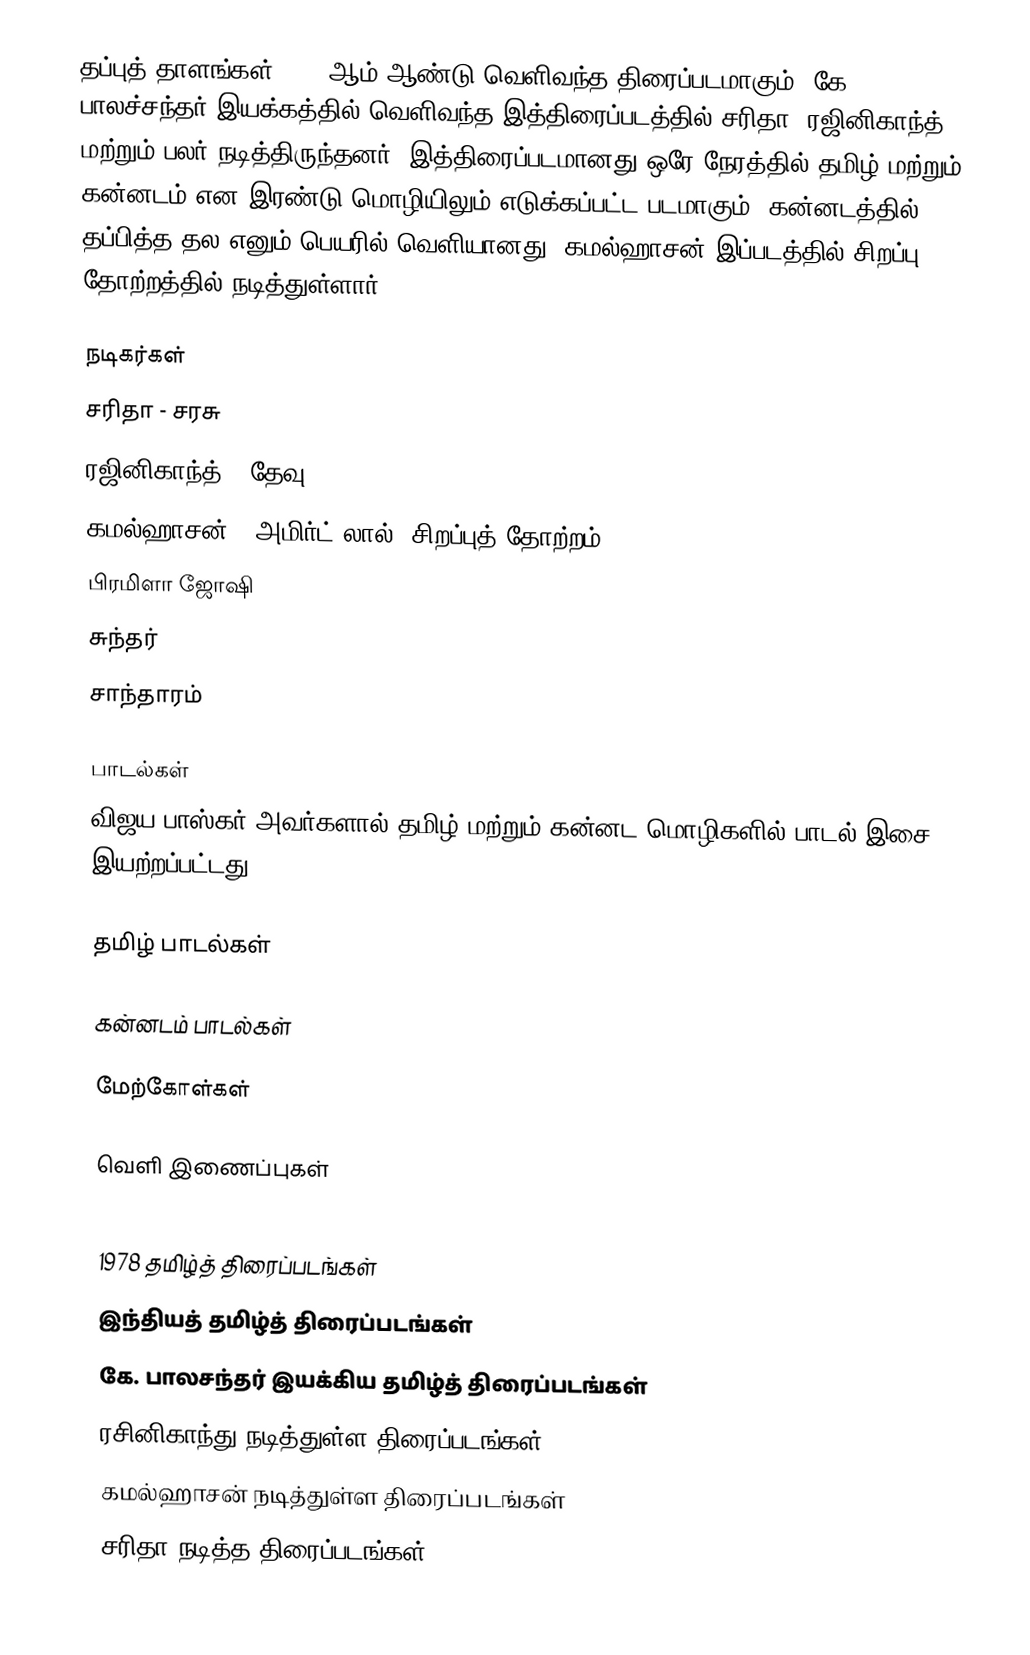
தப்புத் தாளங்கள் 1978 ஆம் ஆண்டு வெளிவந்த திரைப்படமாகும். கே. பாலச்சந்தர் இயக்கத்தில் வெளிவந்த இத்திரைப்படத்தில் சரிதா, ரஜினிகாந்த் மற்றும் பலர் நடித்திருந்தனர். இத்திரைப்படமானது ஒரே நேரத்தில் தமிழ் மற்றும் கன்னடம் என இரண்டு மொழியிலும் எடுக்கப்பட்ட படமாகும். கன்னடத்தில் தப்பித்த தல எனும் பெயரில் வெளியானது. கமல்ஹாசன் இப்படத்தில் சிறப்பு தோற்றத்தில் நடித்துள்ளார்.

நடிகர்கள்
 சரிதா - சரசு
 ரஜினிகாந்த் - தேவு
 கமல்ஹாசன் - அமிர்ட் லால் (சிறப்புத் தோற்றம் )
 பிரமிளா ஜோஷி
 சுந்தர்
 சாந்தாரம்

பாடல்கள்
விஜய பாஸ்கர் அவர்களால் தமிழ் மற்றும் கன்னட மொழிகளில் பாடல் இசை இயற்றப்பட்டது.

தமிழ் பாடல்கள்

கன்னடம் பாடல்கள்

மேற்கோள்கள்

வெளி இணைப்புகள்

1978 தமிழ்த் திரைப்படங்கள்
இந்தியத் தமிழ்த் திரைப்படங்கள்
கே. பாலசந்தர் இயக்கிய தமிழ்த் திரைப்படங்கள்
ரசினிகாந்து நடித்துள்ள திரைப்படங்கள்
கமல்ஹாசன் நடித்துள்ள திரைப்படங்கள்
சரிதா நடித்த திரைப்படங்கள்